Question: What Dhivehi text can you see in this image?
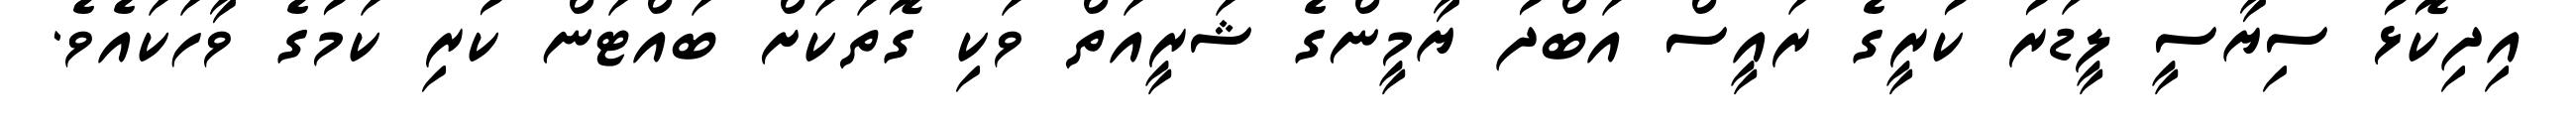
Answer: އިދިކޮޅު ސިޔާސީ ލީޑަރު ކުރީގެ ރައީސް އަބްދު ޔާމީންގެ ޝަރީއަތް ވަކި ގޮތަކަށް ބައްޓަން ކުރި ކަމުގެ ވާހަކައެވެ.